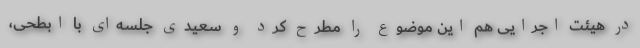
در هیئت اجرایی هم این موضوع را مطرح کرد و سعیدی جلسه‌ای با ابطحی،